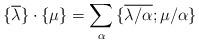
LaTeX: \begin{align*}{\{} \overline{\lambda} {\}}\cdot {\{} {\mu} {\}} = \sum_{\alpha} {\{} \overline{\lambda/\alpha} ; {\mu/\alpha} {\}}\end{align*}